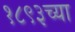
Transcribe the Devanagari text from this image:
१८९३च्या